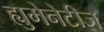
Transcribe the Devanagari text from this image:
ह्युमेनेटीज